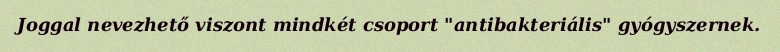
Joggal nevezhető viszont mindkét csoport "antibakteriális" gyógyszernek.